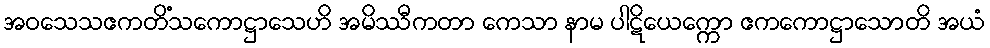
အဝသေသဧကတိံသကောဋ္ဌာသေဟိ အမိဿီကတာ ကေသာ နာမ ပါဋိယေက္ကော ဧကကောဋ္ဌာသောတိ အယံ